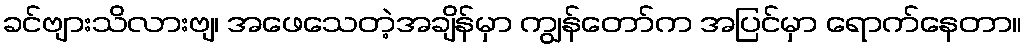
ခင်ဗျားသိလားဗျ၊ အဖေသေတဲ့အချိန်မှာ ကျွန်တော်က အပြင်မှာ ရောက်နေတာ။